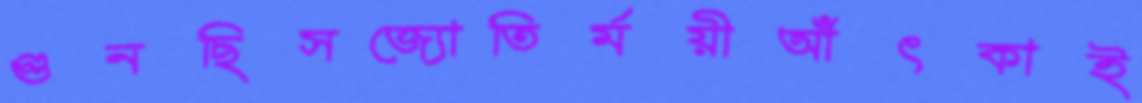
গুনছিসজ্যোতির্ময়ীআঁৎকাই